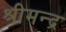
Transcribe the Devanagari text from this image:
श्रीमन्द्र